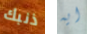
ذنبك ايه